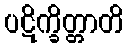
ပဋိက္ခိတ္တာတိ